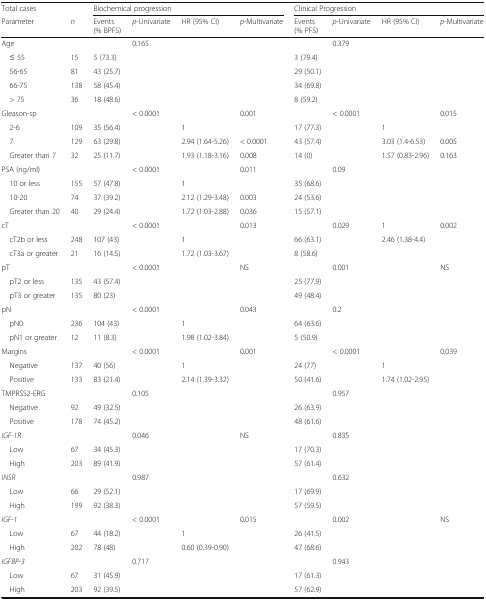
<table><thead><tr><td><b>Total cases</b></td><td></td><td colspan="4"><b>Biochemical progression</b></td><td colspan="4"><b>Clinical Progression</b></td></tr><tr><td><b>Parameter</b></td><td><b><i>n</i></b></td><td><b>Events(% BPFS)</b></td><td><b><i>p</i>-Univariate</b></td><td><b>HR (95% CI)</b></td><td><b><i>p</i>-Multivariate</b></td><td><b>Events(% PFS)</b></td><td><b><i>p</i>-Univariate</b></td><td><b>HR (95% CI) </b></td><td><b><i>p</i>-Multivariate</b></td></tr></thead><tbody><tr><td>Age</td><td></td><td></td><td>0.165</td><td></td><td></td><td></td><td>0.379</td><td></td><td></td></tr><tr><td> ≤ 55</td><td>15</td><td>5 (73.3)</td><td></td><td></td><td></td><td>3 (79.4)</td><td></td><td></td><td></td></tr><tr><td> 56-65</td><td>81</td><td>43 (25.7)</td><td></td><td></td><td></td><td>29 (50.1)</td><td></td><td></td><td></td></tr><tr><td> 66-75</td><td>138</td><td>58 (45.4)</td><td></td><td></td><td></td><td>34 (69.8)</td><td></td><td></td><td></td></tr><tr><td> &gt; 75</td><td>36</td><td>18 (48.6)</td><td></td><td></td><td></td><td>8 (59.2)</td><td></td><td></td><td></td></tr><tr><td>Gleason-sp</td><td></td><td></td><td>&lt; 0.0001</td><td></td><td>0.001</td><td></td><td>&lt; 0.0001</td><td></td><td>0.015</td></tr><tr><td> 2-6</td><td>109</td><td>35 (56.4)</td><td></td><td>1</td><td></td><td>17 (77.3)</td><td></td><td>1</td><td></td></tr><tr><td> 7</td><td>129</td><td>63 (29.8)</td><td></td><td>2.94 (1.64-5.26)</td><td>&lt; 0.0001</td><td>43 (57.4)</td><td></td><td>3.03 (1.4-6.53)</td><td>0.005</td></tr><tr><td> Greater than 7</td><td>32</td><td>25 (11.7)</td><td></td><td>1.93 (1.18-3.16)</td><td>0.008</td><td>14 (0)</td><td></td><td>1.57 (0.83-2.96)</td><td>0.163</td></tr><tr><td>PSA (ng/ml)</td><td></td><td></td><td>&lt; 0.0001</td><td></td><td>0.011</td><td></td><td>0.09</td><td></td><td></td></tr><tr><td> 10 or less</td><td>155</td><td>57 (47.8)</td><td></td><td>1</td><td></td><td>35 (68.6)</td><td></td><td></td><td></td></tr><tr><td> 10-20</td><td>74</td><td>37 (39.2)</td><td></td><td>2.12 (1.29-3.48)</td><td>0.003</td><td>24 (53.6)</td><td></td><td></td><td></td></tr><tr><td> Greater than 20</td><td>40</td><td>29 (24.4)</td><td></td><td>1.72 (1.03-2.88)</td><td>0.036</td><td>15 (57.1)</td><td></td><td></td><td></td></tr><tr><td>cT</td><td></td><td></td><td>&lt; 0.0001</td><td></td><td>0.013</td><td></td><td>0.029</td><td>1</td><td>0.002</td></tr><tr><td> cT2b or less</td><td>248</td><td>107 (43)</td><td></td><td>1</td><td></td><td>66 (63.1)</td><td></td><td>2.46 (1.38-4.4)</td><td></td></tr><tr><td> cT3a or greater</td><td>21</td><td>16 (14.5)</td><td></td><td>1.72 (1.03-3.67)</td><td></td><td>8 (58.6)</td><td></td><td></td><td></td></tr><tr><td>pT</td><td></td><td></td><td>&lt; 0.0001</td><td></td><td>NS</td><td></td><td>0.001</td><td></td><td>NS</td></tr><tr><td> pT2 or less</td><td>135</td><td>43 (57.4)</td><td></td><td></td><td></td><td>25 (77.9)</td><td></td><td></td><td></td></tr><tr><td> pT3 or greater</td><td>135</td><td>80 (23)</td><td></td><td></td><td></td><td>49 (48.4)</td><td></td><td></td><td></td></tr><tr><td>pN</td><td></td><td></td><td>&lt; 0.0001</td><td></td><td>0.043</td><td></td><td>0.2</td><td></td><td></td></tr><tr><td> pN0</td><td>236</td><td>104 (43)</td><td></td><td>1</td><td></td><td>64 (63.6)</td><td></td><td></td><td></td></tr><tr><td> pN1 or greater</td><td>12</td><td>11 (8.3)</td><td></td><td>1.98 (1.02-3.84)</td><td></td><td>5 (50.9)</td><td></td><td></td><td></td></tr><tr><td>Margins</td><td></td><td></td><td>&lt; 0.0001</td><td></td><td>0.001</td><td></td><td>&lt; 0.0001</td><td></td><td>0.039</td></tr><tr><td> Negative</td><td>137</td><td>40 (56)</td><td></td><td>1</td><td></td><td>24 (77)</td><td></td><td>1</td><td></td></tr><tr><td> Positive</td><td>133</td><td>83 (21.4)</td><td></td><td>2.14 (1.39-3.32)</td><td></td><td>50 (41.6)</td><td></td><td>1.74 (1.02-2.95)</td><td></td></tr><tr><td>TMPRSS2-ERG</td><td></td><td></td><td>0.105</td><td></td><td></td><td></td><td>0.957</td><td></td><td></td></tr><tr><td> Negative</td><td>92</td><td>49 (32.5)</td><td></td><td></td><td></td><td>26 (63.9)</td><td></td><td></td><td></td></tr><tr><td> Positive</td><td>178</td><td>74 (45.2)</td><td></td><td></td><td></td><td>48 (61.6)</td><td></td><td></td><td></td></tr><tr><td><i>IGF-1R</i></td><td></td><td></td><td>0.046</td><td></td><td>NS</td><td></td><td>0.835</td><td></td><td></td></tr><tr><td> Low</td><td>67</td><td>34 (45.3)</td><td></td><td></td><td></td><td>17 (70.3)</td><td></td><td></td><td></td></tr><tr><td> High</td><td>203</td><td>89 (41.9)</td><td></td><td></td><td></td><td>57 (61.4)</td><td></td><td></td><td></td></tr><tr><td><i>INSR</i></td><td></td><td></td><td>0.987</td><td></td><td></td><td></td><td>0.632</td><td></td><td></td></tr><tr><td> Low</td><td>66</td><td>29 (52.1)</td><td></td><td></td><td></td><td>17 (69.9)</td><td></td><td></td><td></td></tr><tr><td> High</td><td>199</td><td>92 (38.3)</td><td></td><td></td><td></td><td>57 (59.5)</td><td></td><td></td><td></td></tr><tr><td><i>IGF-1</i></td><td></td><td></td><td>&lt; 0.0001</td><td></td><td>0.015</td><td></td><td>0.002</td><td></td><td>NS</td></tr><tr><td> Low</td><td>67</td><td>44 (18.2)</td><td></td><td>1</td><td></td><td>26 (41.5)</td><td></td><td></td><td></td></tr><tr><td> High</td><td>202</td><td>78 (48)</td><td></td><td>0.60 (0.39-0.90)</td><td></td><td>47 (68.6)</td><td></td><td></td><td></td></tr><tr><td><i>IGFBP-3</i></td><td></td><td></td><td>0.717</td><td></td><td></td><td></td><td>0.943</td><td></td><td></td></tr><tr><td> Low</td><td>67</td><td>31 (45.9)</td><td></td><td></td><td></td><td>17 (61.3)</td><td></td><td></td><td></td></tr><tr><td> High</td><td>203</td><td>92 (39.5)</td><td></td><td></td><td></td><td>57 (62.9)</td><td></td><td></td><td></td></tr></tbody></table>